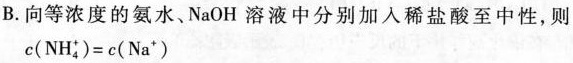
B.向等浓度的氨水。NaOH溶液中分别加入稀盐酸至中性，则c\left(\mathrm{NH}_{4}^{+}\right)=c\left(\mathrm{Na}^{+}\right)